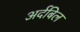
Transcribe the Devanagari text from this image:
अर्दबिल